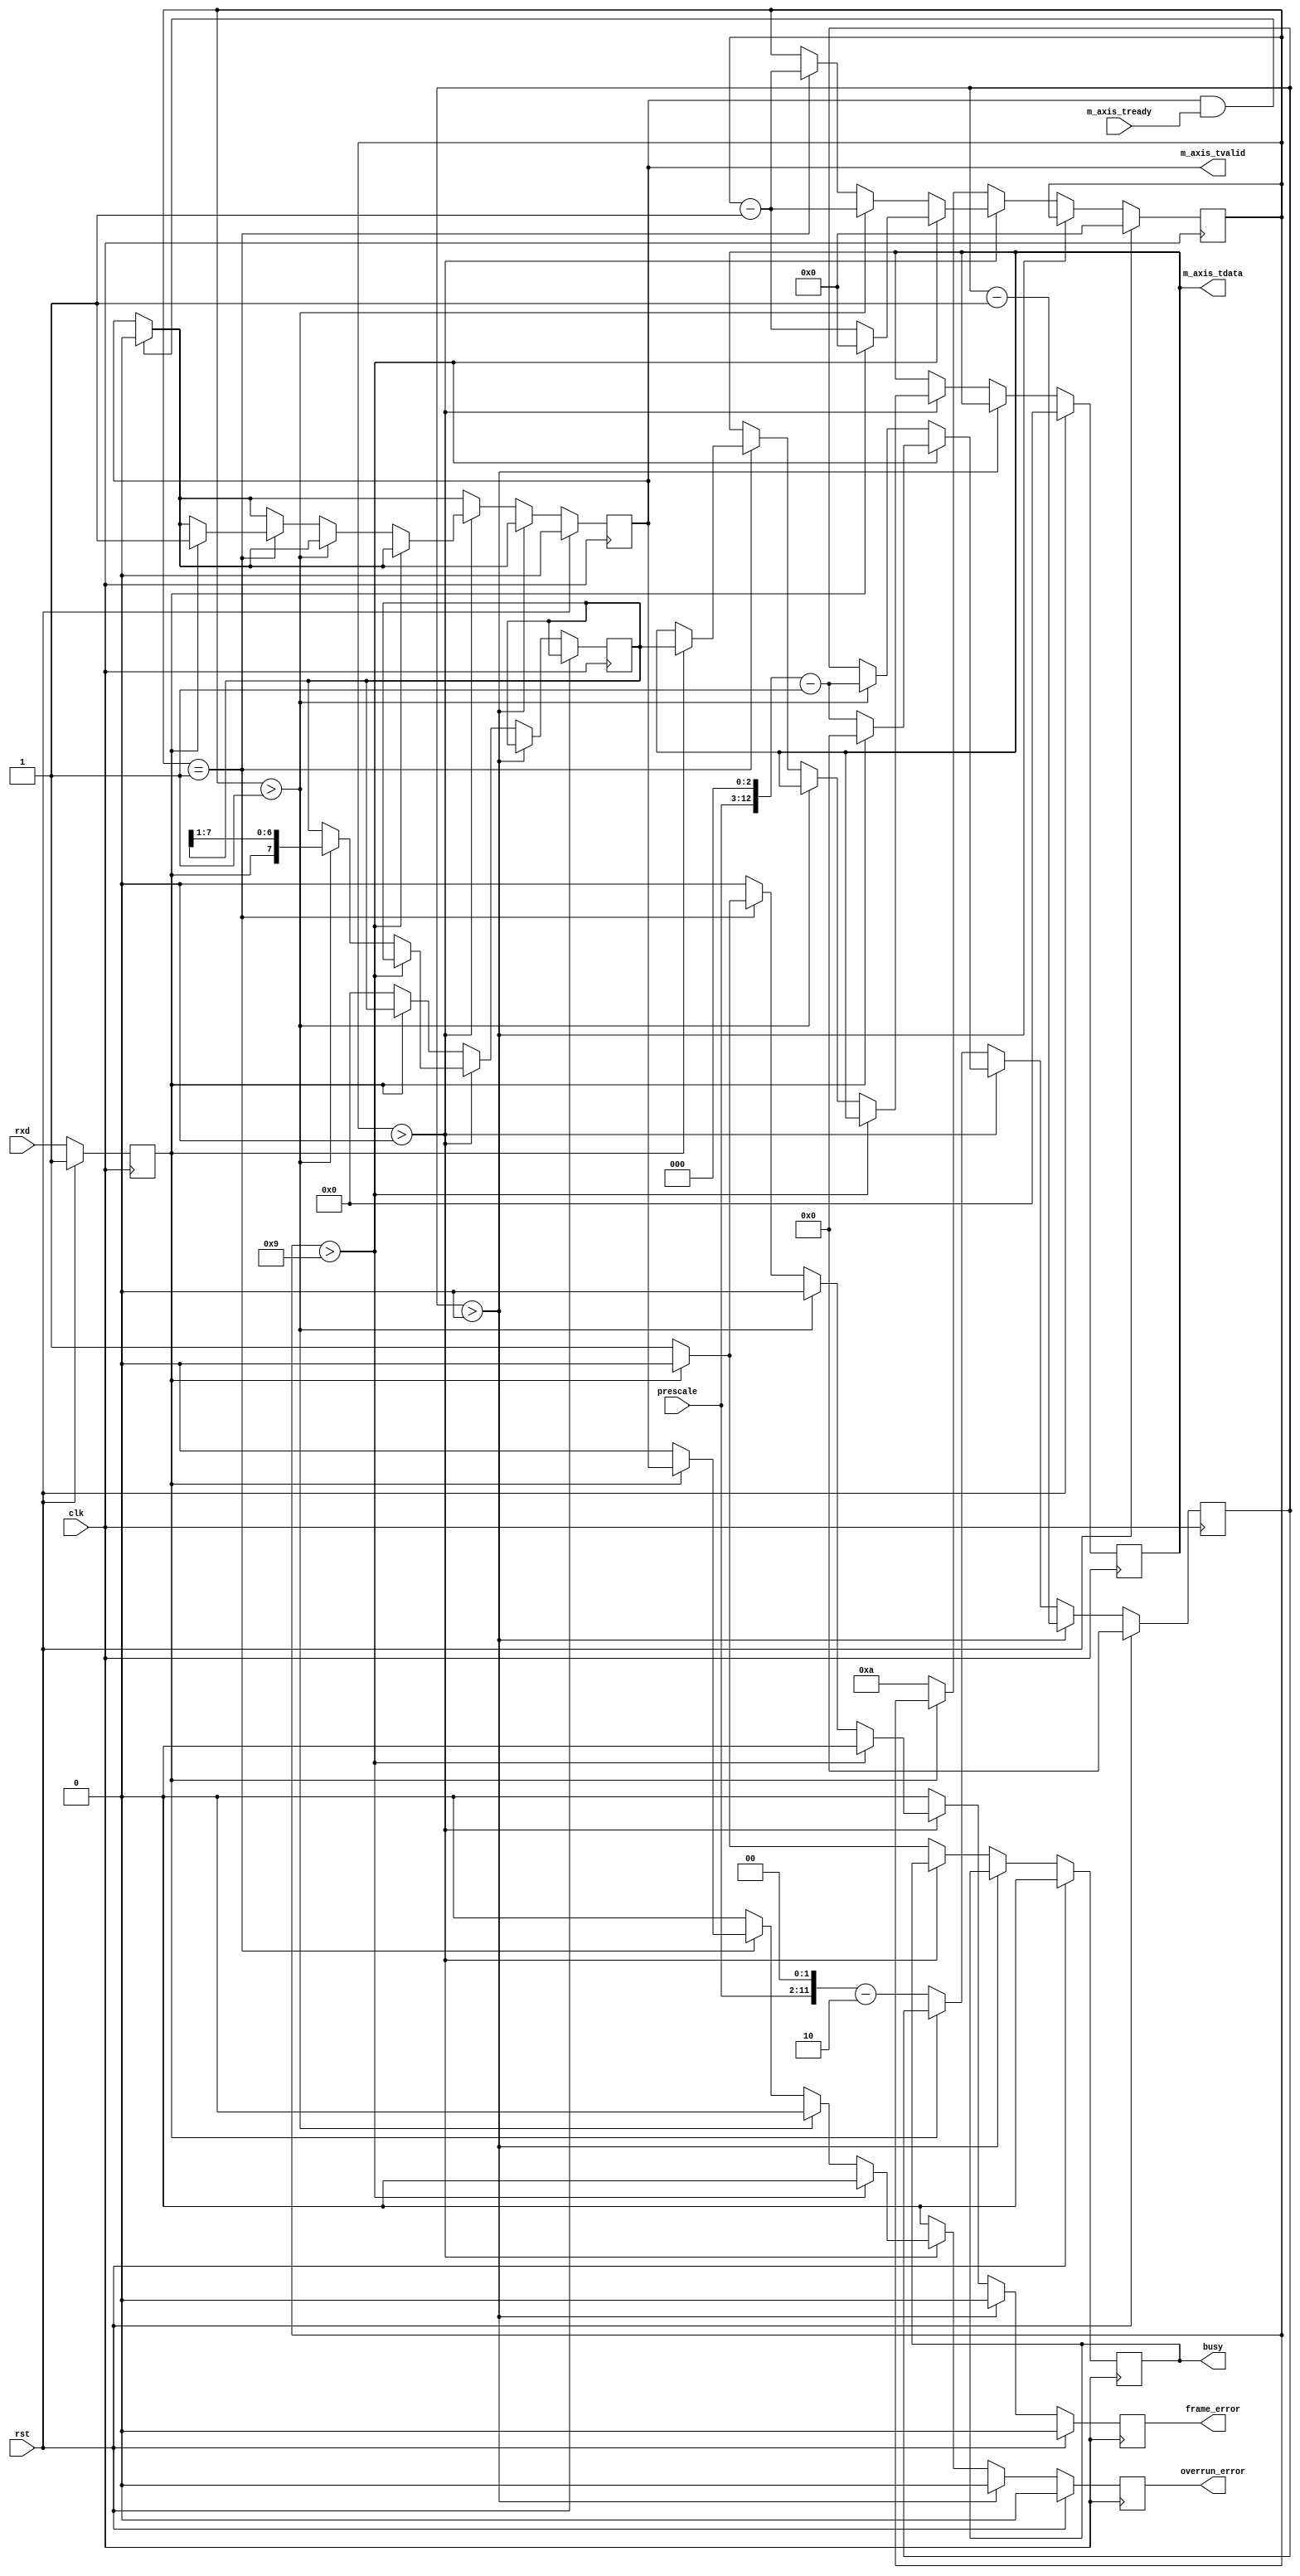
/*

Copyright (c) 2014-2017 Alex Forencich

Permission is hereby granted, free of charge, to any person obtaining a copy
of this software and associated documentation files (the "Software"), to deal
in the Software without restriction, including without limitation the rights
to use, copy, modify, merge, publish, distribute, sublicense, and/or sell
copies of the Software, and to permit persons to whom the Software is
furnished to do so, subject to the following conditions:

The above copyright notice and this permission notice shall be included in
all copies or substantial portions of the Software.

THE SOFTWARE IS PROVIDED "AS IS", WITHOUT WARRANTY OF ANY KIND, EXPRESS OR
IMPLIED, INCLUDING BUT NOT LIMITED TO THE WARRANTIES OF MERCHANTABILITY
FITNESS FOR A PARTICULAR PURPOSE AND NONINFRINGEMENT. IN NO EVENT SHALL THE
AUTHORS OR COPYRIGHT HOLDERS BE LIABLE FOR ANY CLAIM, DAMAGES OR OTHER
LIABILITY, WHETHER IN AN ACTION OF CONTRACT, TORT OR OTHERWISE, ARISING FROM,
OUT OF OR IN CONNECTION WITH THE SOFTWARE OR THE USE OR OTHER DEALINGS IN
THE SOFTWARE.

*/

// Language: Verilog 2001

`timescale 1ns / 1ps

/*
 * AXI4-Stream UART
 */
module uart_rx #
(
    parameter DATA_WIDTH = 8
)
(
    input  wire                   clk,
    input  wire                   rst,

    /*
     * AXI output
     */
    output wire [DATA_WIDTH-1:0]  m_axis_tdata,
    output wire                   m_axis_tvalid,
    input  wire                   m_axis_tready,

    /*
     * UART interface
     */
    input  wire                   rxd,

    /*
     * Status
     */
    output wire                   busy,
    output wire                   overrun_error,
    output wire                   frame_error,

    /*
     * Configuration
     */
    //input  wire [15:0]            prescale
    input  wire [9:0]            prescale
);

reg [DATA_WIDTH-1:0] m_axis_tdata_reg = 0;
reg m_axis_tvalid_reg = 0;

reg rxd_reg = 1;

reg busy_reg = 0;
reg overrun_error_reg = 0;
reg frame_error_reg = 0;

reg [DATA_WIDTH-1:0] data_reg = 0;
//reg [18:0] prescale_reg = 0;
reg [12:0] prescale_reg = 0;
reg [3:0] bit_cnt = 0;

assign m_axis_tdata = m_axis_tdata_reg;
assign m_axis_tvalid = m_axis_tvalid_reg;

assign busy = busy_reg;
assign overrun_error = overrun_error_reg;
assign frame_error = frame_error_reg;

always @(posedge clk) begin
    if (rst) begin
        m_axis_tdata_reg <= 0;
        m_axis_tvalid_reg <= 0;
        rxd_reg <= 1;
        prescale_reg <= 0;
        bit_cnt <= 0;
        busy_reg <= 0;
        overrun_error_reg <= 0;
        frame_error_reg <= 0;
    end else begin
        rxd_reg <= rxd;
        overrun_error_reg <= 0;
        frame_error_reg <= 0;

        if (m_axis_tvalid && m_axis_tready) begin
            m_axis_tvalid_reg <= 0;
        end

        if (prescale_reg > 0) begin
            prescale_reg <= prescale_reg - 1;
        end else if (bit_cnt > 0) begin
            if (bit_cnt > DATA_WIDTH+1) begin
                if (!rxd_reg) begin
                    bit_cnt <= bit_cnt - 1;
                    prescale_reg <= (prescale << 3)-1;
                end else begin
                    bit_cnt <= 0;
                    prescale_reg <= 0;
                end
            end else if (bit_cnt > 1) begin
                bit_cnt <= bit_cnt - 1;
                prescale_reg <= (prescale << 3)-1;
                data_reg <= {rxd_reg, data_reg[DATA_WIDTH-1:1]};
            end else if (bit_cnt == 1) begin
                bit_cnt <= bit_cnt - 1;
                if (rxd_reg) begin
                    m_axis_tdata_reg <= data_reg;
                    m_axis_tvalid_reg <= 1;
                    overrun_error_reg <= m_axis_tvalid_reg;
                end else begin
                    frame_error_reg <= 1;
                end
            end
        end else begin
            busy_reg <= 0;
            if (!rxd_reg) begin
                prescale_reg <= (prescale << 2)-2;
                bit_cnt <= DATA_WIDTH+2;
                data_reg <= 0;
                busy_reg <= 1;
            end
        end
    end
end

endmodule